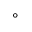
^ { \circ }